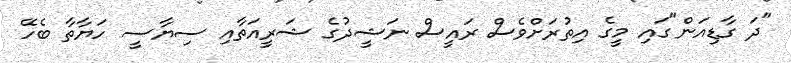
"ދަ ގާޑިއަން"ގައި މީގެ އިތުރަށްވެސް ރައީސް ނަޝީދުގެ ޝަރީއަތާއި ސިޔާސީ ހަޔާތާ ބެހޭ